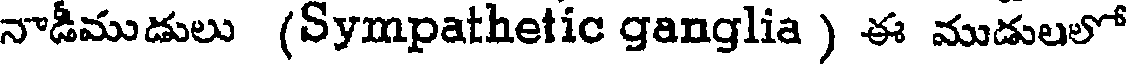
నాడీముడులు (Sympathetic ganglia ) ఈ ముడులలో